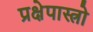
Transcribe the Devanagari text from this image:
प्रक्षेपास्त्रो